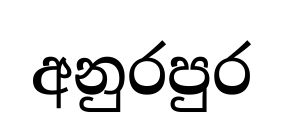
අනුරපුර